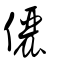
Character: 儷